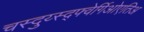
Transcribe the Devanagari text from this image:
चस्दुय्स्द्फ्वेर्गिओएतिअ